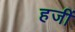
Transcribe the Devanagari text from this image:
हजीं